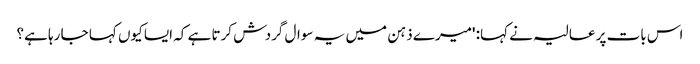
اس بات پر عالیہ نے کہا: 'میرے ذہن میں یہ سوال گردش کرتا ہے کہ ایسا کیوں کہا جا رہا ہے؟